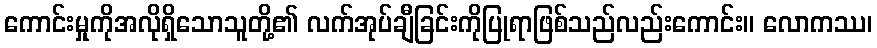
ကောင်းမှုကိုအလိုရှိသောသူတို့၏ လက်အုပ်ချီခြင်းကိုပြုရာဖြစ်သည်လည်းကောင်း။ လောကဿ၊